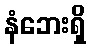
နံဘေးရှိ